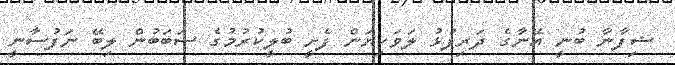
ޝިފާނާ ބުނީ އޭނާގެ ދަރިފުޅު ލަވަކިޔަން ފެށީ ބުލީކުރުމުގެ ސަބަބުން ލިބޭ ނަފުސާނީ